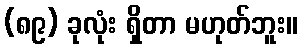
(၈၉) ခုလုံး ရှိတာ မဟုတ်ဘူး။